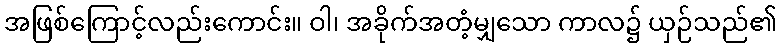
အဖြစ်ကြောင့်လည်းကောင်း။ ဝါ၊ အခိုက်အတံ့မျှသော ကာလ၌ ယှဉ်သည်၏